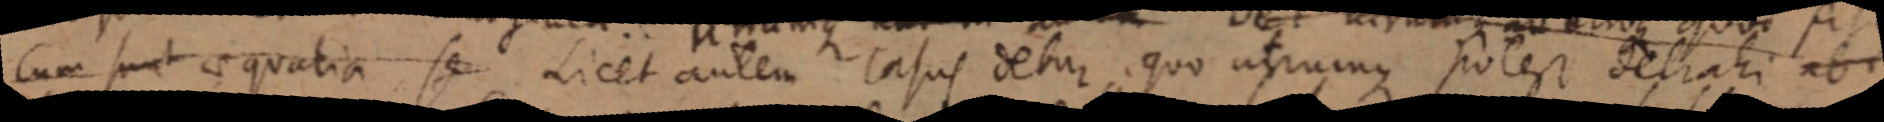
cum sunt aequatia seu Licet autem casus detur, quo utrumque potest detrahi ab